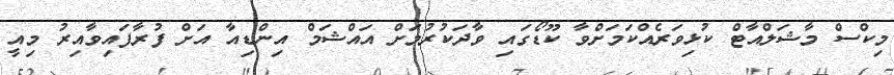
މިކްސް މާޝަލްއާޓް ކުޅިވަރެއްކަމަށްވާ ކޫޑޯގައި ވާދަކުރުމަށް އައްޝަމް އިންޑިއާ އަށް ފުރާފައިވާއިރު މިއީ